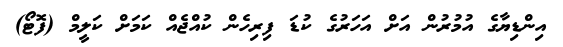
އިންޑިޔާގެ އުމުރުން އަށް އަހަރުގެ ކުޑަ ފިރިހެން ކުއްޖެއް ކަމަށް ކަލީމް (ފޮޓޯ)